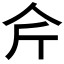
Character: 𱎥